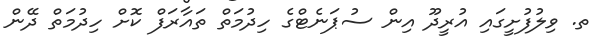
ތ. ވިލުފުށީގައި އުރީދޫ އިން ސުޕަނެޓްގެ ހިދުމަތް ތައާރަފް ކޮށް ހިދުމަތް ދޭން